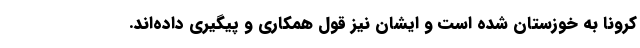
کرونا به خوزستان شده است و ایشان نیز قول همکاری و پیگیری داده‌اند.